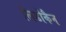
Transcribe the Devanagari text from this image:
लिडोकैन